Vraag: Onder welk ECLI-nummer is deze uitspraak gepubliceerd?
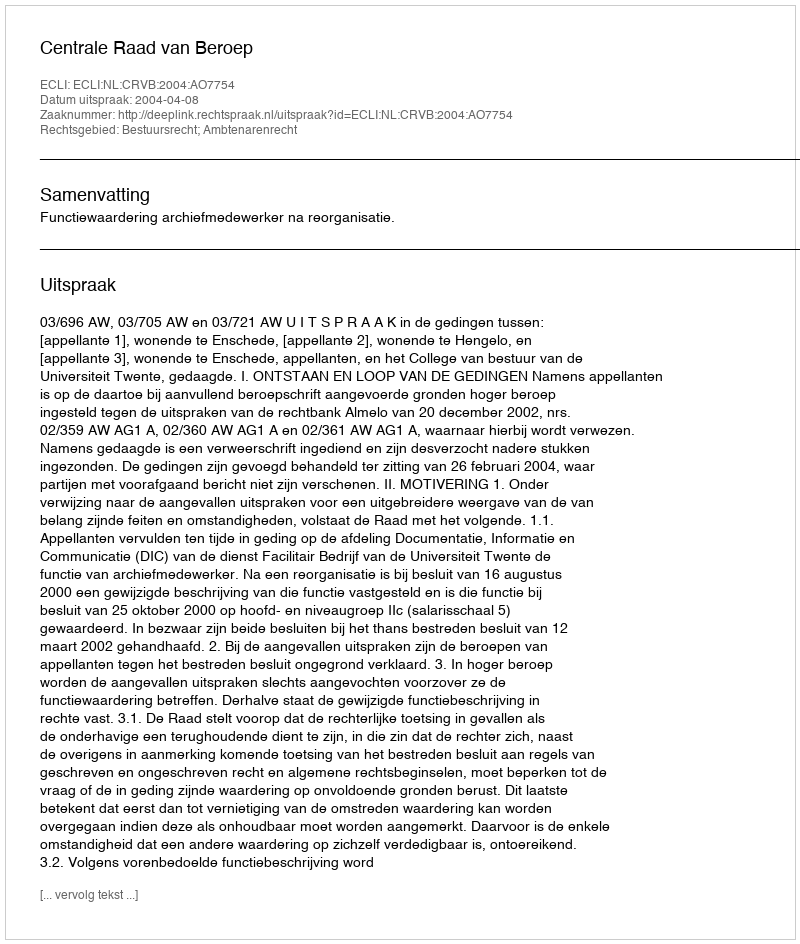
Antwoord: ECLI:NL:CRVB:2004:AO7754